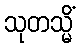
သုတသ္မိံ